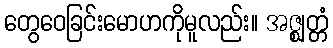
တွေဝေခြင်းမောဟကိုမူလည်း။ အဇ္ဈတ္တံ